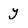
Character: y